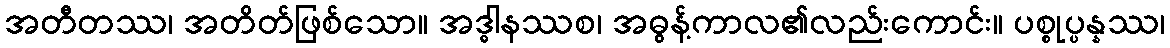
အတီတဿ၊ အတိတ်ဖြစ်သော။ အဒ္ဓါနဿစ၊ အဓွန့်ကာလ၏လည်းကောင်း။ ပစ္စုပ္ပန္နဿ၊